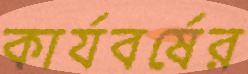
কার্যবর্ষের